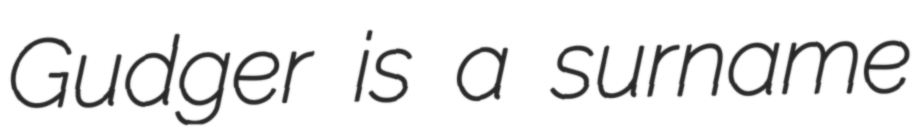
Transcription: Gudger is a surname